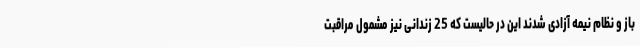
باز و نظام نیمه آزادی شدند این در حالیست که 25 زندانی نیز مشمول مراقبت